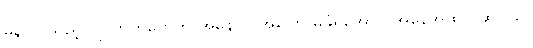
မနာလိုသည့် ပြိုင်ဘက်တွေက အမနာပ အပြော မခံရအောင် အနေအထိုင် ဆင်ခြင်